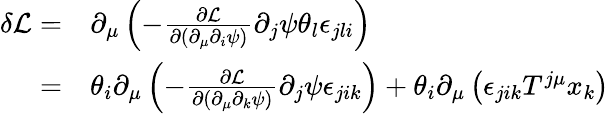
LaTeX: \begin{array}{rl}{\delta\mathcal{L}=}&{{}\partial_{\mu}\left(-\frac{\partial\mathcal{L}}{\partial(\partial_{\mu}\partial_{i}\psi)}\partial_{j}\psi\theta_{l}\epsilon_{jli}\right)}\\ {=}&{{}\theta_{i}\partial_{\mu}\left(-\frac{\partial\mathcal{L}}{\partial(\partial_{\mu}\partial_{k}\psi)}\partial_{j}\psi\epsilon_{jik}\right)+\theta_{i}\partial_{\mu}\left(\epsilon_{jik}T^{j\mu}x_{k}\right)}\end{array}